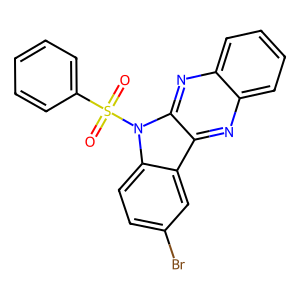
SMILES: O=S(=O)(c1ccccc1)n1c2ccc(Br)cc2c2nc3ccccc3nc21
Inhibits HIV replication: No